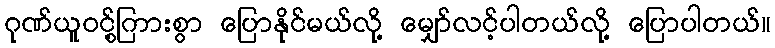
ဂုဏ်ယူဝင့်ြွကားစွာ ပြောနိုင်မယ်လို့ မျှော်လင့်ပါတယ်လို့ ပြောပါတယ်။